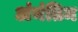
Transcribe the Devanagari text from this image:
अंनंतिम